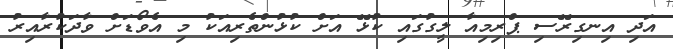
އަދި އިނގިރޭސި ޕްރިމިއާ ލީގުގައި ކުޅޭ އަށް ކުޅުންތެރިއަކު މި އެވޯޑަށް ވާދަކުރާއިރު